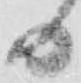
日